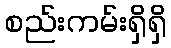
စည်းကမ်းရှိရှိ